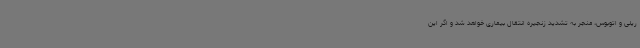
ریلی و اتوبوس، منجر به تشدید زنجیره انتقال بیماری خواهد شد و اگر این